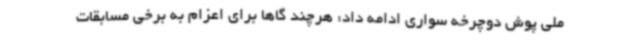
ملی پوش دوچرخه سواری ادامه داد: هرچند گاها برای اعزام به برخی مسابقات